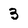
Character: 3